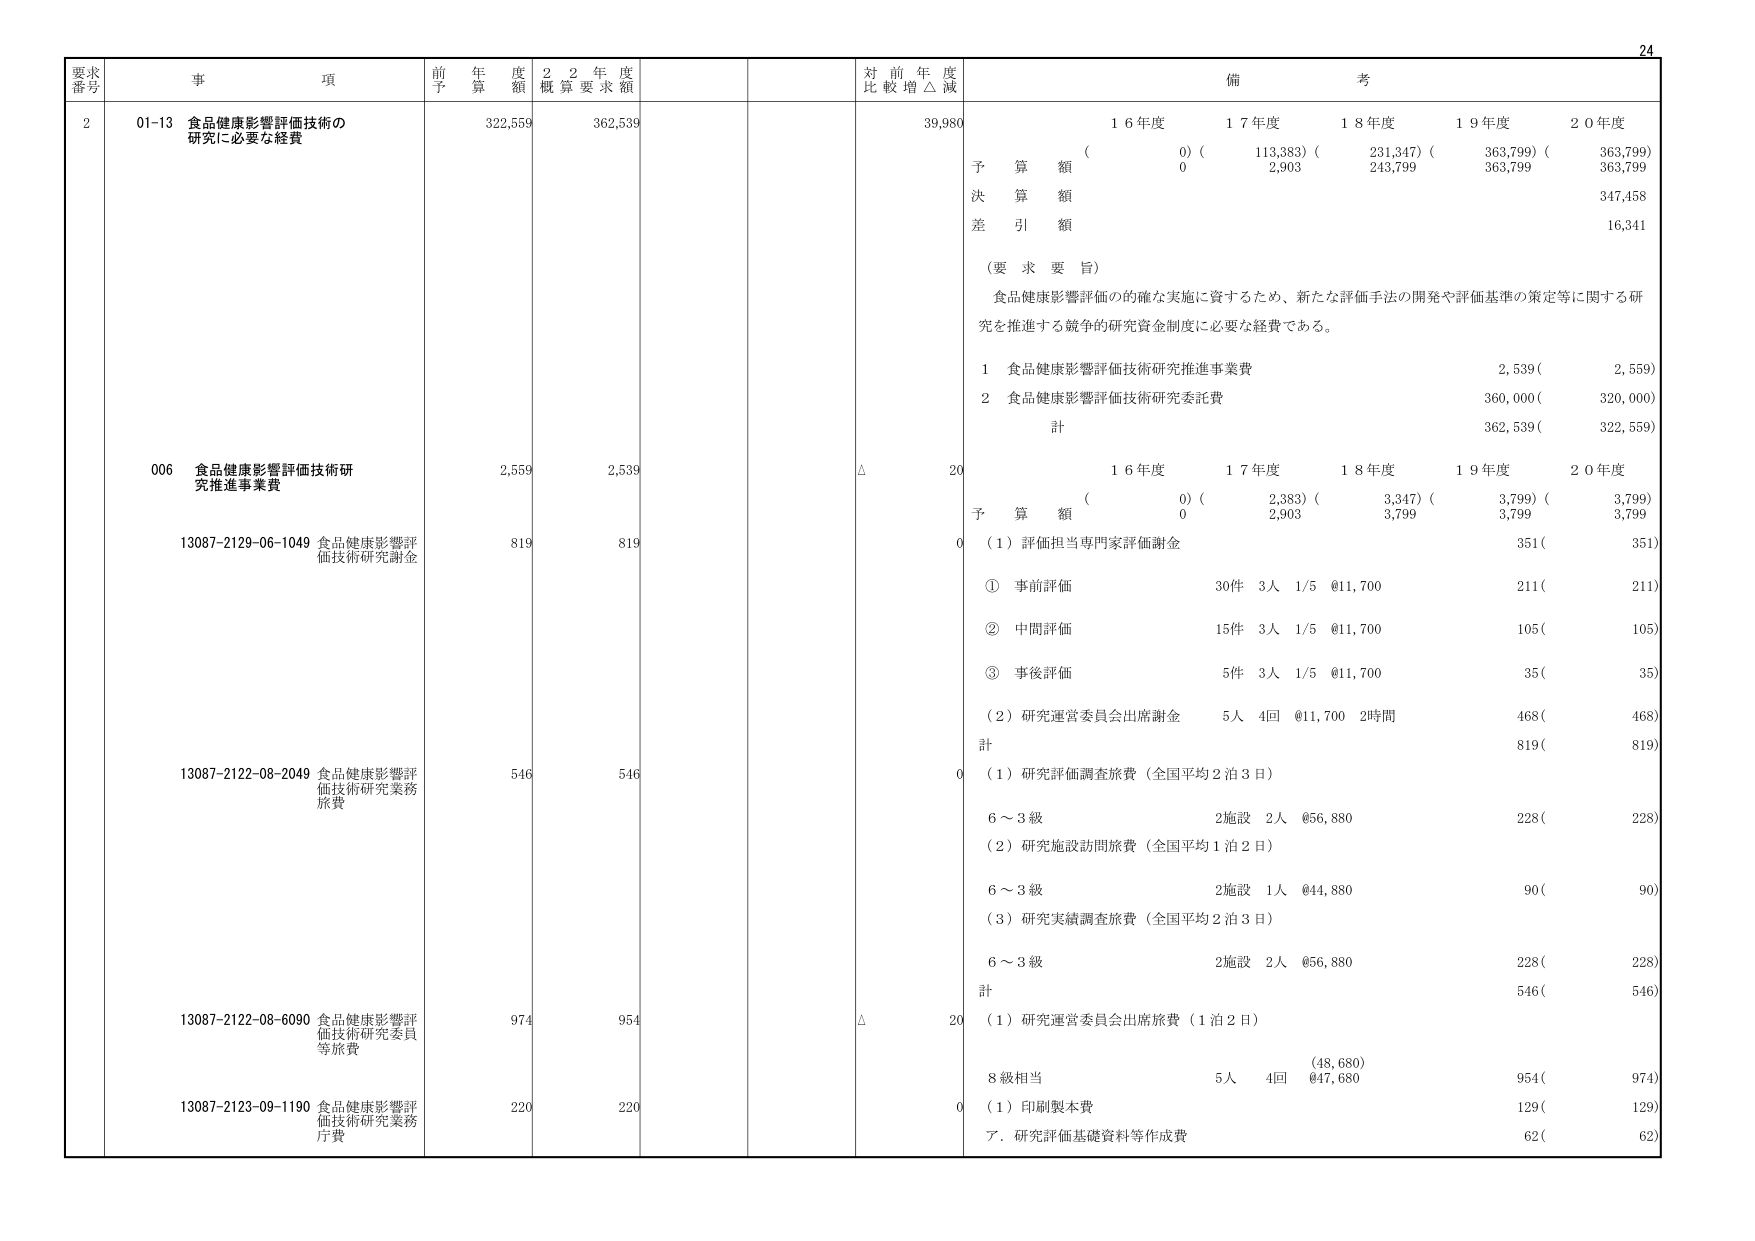
24
要求番号 事項 前年度予算額 2年度概算要求額 対前年度比較増△減 備考
2 01-13 食品健康影響評価技術の研究に必要な経費 322,559 362,539 39,980
（ 0）（ 113,383）（ 231,347）（ 363,799）（ 363,799）
予算額 0 2,903 243,799 363,799 363,799
決算額 347,458
差引額 16,341
（要求要旨）
食品健康影響評価の的確な実施に資するため、新たな評価手法の開発や評価基準の策定等に関する研究を推進する競争的研究資金制度に必要な経費である。
1 食品健康影響評価技術研究推進事業費 2,539（ 2,559）
2 食品健康影響評価技術研究委託費 360,000（ 320,000）
計 362,539（ 322,559）
006 食品健康影響評価技術研究推進事業費 2,559 2,539 △ 20
16年度 17年度 18年度 19年度 20年度
（ 0）（ 2,383）（ 3,347）（ 3,799）（ 3,799）
予算額 0 2,903 3,799 3,799 3,799
（1）評価担当専門家評価謝金 351（ 351）
① 事前評価 30件 3人 1/5 @11,700 211（ 211）
② 中間評価 15件 3人 1/5 @11,700 105（ 105）
③ 事後評価 5件 3人 1/5 @11,700 35（ 35）
（2）研究運営委員会出席謝金 5人 4回 @11,700 2時間 468（ 468）
計 819（ 819）
13087-2129-06-1049 食品健康影響評価技術研究謝金 819 819 0
13087-2122-08-2049 食品健康影響評価技術研究業務旅費 546 546 0
（1）研究評価調査旅費（全国平均2泊3日）
6～3級 2施設 2人 @56,880 228（ 228）
（2）研究施設訪問旅費（全国平均1泊2日）
6～3級 2施設 1人 @44,880 90（ 90）
（3）研究実績調査旅費（全国平均2泊3日）
6～3級 2施設 2人 @56,880 228（ 228）
計 546（ 546）
13087-2122-08-6090 食品健康影響評価技術研究委員等旅費 974 954 △ 20
（1）研究運営委員会出席旅費（1泊2日）
8級相当 5人 4回 （48,680） 954（ 974）
@47,680
13087-2123-09-1190 食品健康影響評価技術研究業務庁費 220 220 0
（1）印刷製本費 129（ 129）
ア．研究評価基礎資料等作成費 62（ 62）